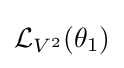
{\mathcal {L}}_{V^{2}}(\theta _{1})